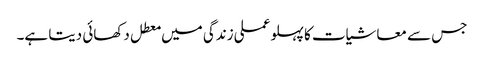
جس سے معاشیات کا پہلو عملی زندگی میں معطل دکھائی دیتا ہے۔